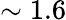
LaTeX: \sim 1.6